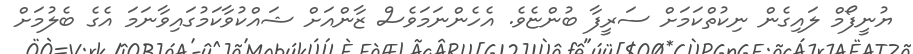
ޔުނީފޯމް ލައިގެން ނިކުތްކަމަށް ސަރީފާ ބުންޏެވެ. އެހެންނަމަވެސް ޒާންއަށް ޝައްކުވާކަމުގައިވާނަމަ އެގެ ބެލުމަށް